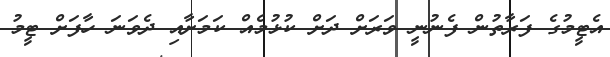
އެޓީމުގެ ފަރާތުން ފެނުނީ ވަރަށް ދަށް ކުޅުމެއް ކަމަށާއި ދެވަނަ ހާފަށް ޓީމު